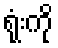
ရုံးကို